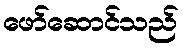
ဖော်ဆောင်သည်